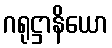
ဂရုဋ္ဌာနိယော